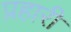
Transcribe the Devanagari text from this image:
प्रहारी